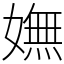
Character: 嫵